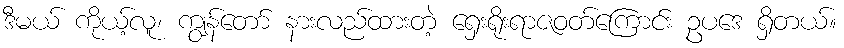
ဒီမယ် ကိုယ့်လူ၊ ကျွန်တော် နားလည်ထားတဲ့ ရှေးရိုးရာဇဝတ်ကြောင်း ဥပဒေ ရှိတယ်။